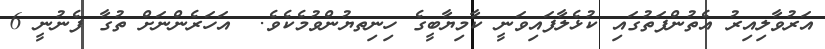
އަރުވާލިއިރު އެތުންފަތުގައި ކުޅެލާފައިވަނީ ކާމިޔާބީގެ ހިިނިތޔުންވުމެކެވެ.  އަހަރެންނަށް ތުގާ ފެނުނީ 6